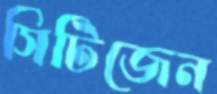
সিটিজেন